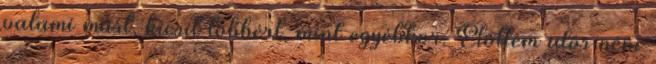
valami mást, kicsit többért, mint egyébkor. Elõttem idõs néni